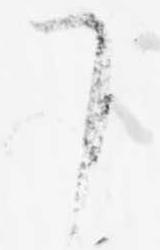
了